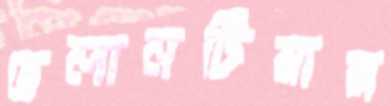
ভলানটিয়ার